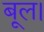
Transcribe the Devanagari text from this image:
बूल।